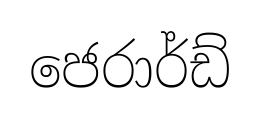
ජෙරාර්ඩ්